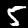
Digit: 5